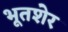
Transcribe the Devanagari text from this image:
भूतशेर